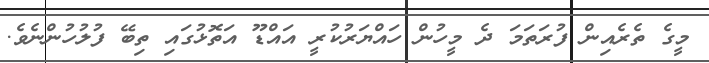
މީގެ ތެރެއިން ފުރަތަމަ ދެ މީހުން ހައްޔަރުކުރީ އައްޑޫ އަތޮޅުގައި ތިބޭ ފުލުހުންނެވެ.